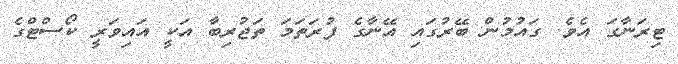
ޓިރަނާގަ އެވެ. ގައުމުން ބޭރުގައި އޭނާގެ ފުރަތަމަ ތަޖުރިބާ އަކީ އައިވަރީ ކޯސްޓްގެ